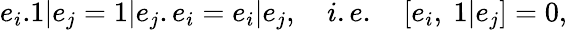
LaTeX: e_{i}.1|e_{j}=1|e_{j}.e_{i}=e_{i}|e_{j},\quad i.e.\quad[e_{i},~1|e_{j}]=0,